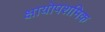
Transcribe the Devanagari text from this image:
क्षायोपशमिक